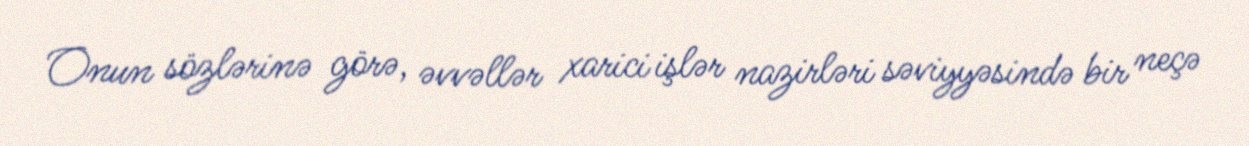
Onun sözlərinə görə, əvvəllər xarici işlər nazirləri səviyyəsində bir neçə